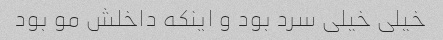
خیلی خیلی سرد بود و اینکه داخلش مو بود